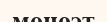
моноэт